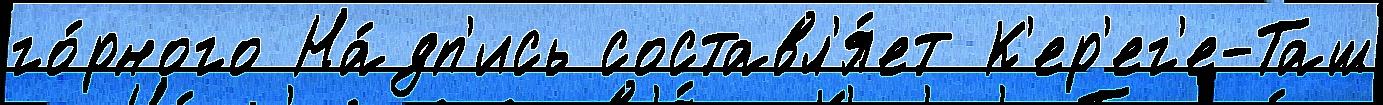
го́рного На́дп'ись составл'я́ет К'ер'ег'е-Таш